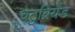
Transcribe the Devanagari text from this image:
चेटुब्रियेंड